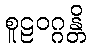
စူဠဝဂ္ဂန္တိ